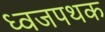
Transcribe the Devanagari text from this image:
ध्वजपथक